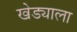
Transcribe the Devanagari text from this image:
खेड्याला